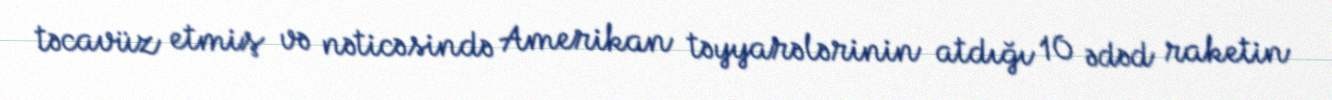
təcavüz etmiş və nəticəsində Amerikan təyyarələrinin atdığı 10 ədəd raketin